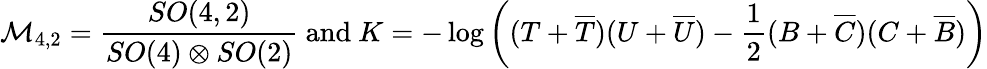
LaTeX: {\cal M}_{4,2}=\frac{SO(4,2)}{SO(4)\otimes SO(2)}\mathrm{~and~}K=-\log\left((T+\overline{{{T}}})(U+\overline{{{U}}})-\frac{1}{2}(B+\overline{{{C}}})(C+\overline{{{B}}})\right)